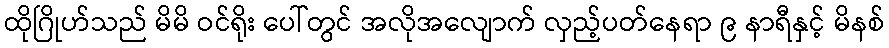
ထိုဂြိုဟ်သည် မိမိ ဝင်ရိုး ပေါ်တွင် အလိုအလျောက် လှည့်ပတ်နေရာ ၉ နာရီနှင့် မိနစ်